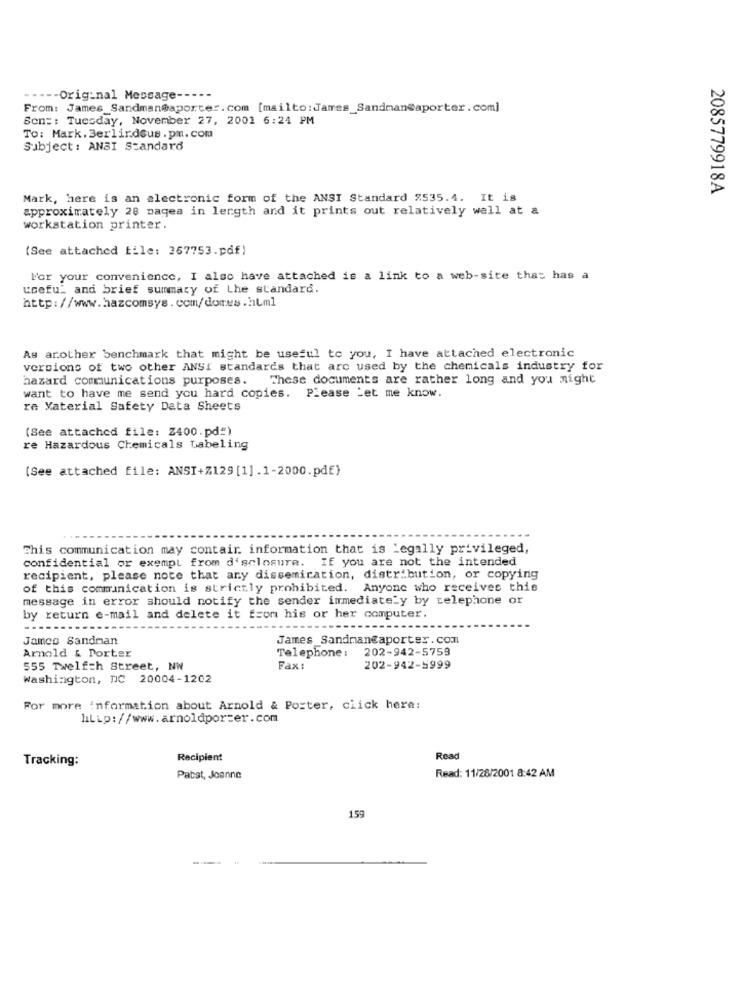
----- Original Message -----
From: James Sandman@aporter.com [mailto : James_Sandman@aporter . com]
Son :: Tuesday, November 27, 2001 6:24 PM
To: Mark. 3erlirdous .pm. com
Subject: ANSI Standard
2085779918A
Mark, here is an electronic form of the ANSI Standard $535.4. It is
approximately 28 pages in length and it prints out relatively well at a
workstation printer.
(See attached file: 357753.pdf)
l'or your convenience, I also have attached is a link to a web-site thas has a
useful and brief summary of Lhe standard.
http://www.hazcomsys.com/dores.html
As arother benchmark that might be useful to you, I have attached electronic
versions of two other ANSI standards that are used by the chemicals industry for
hazard communications purposes. These documents are rather long and you might
want to have me send you hard copies. Please Let me know.
ra Material Safety Data Sheets
(See attached file: Z400.pd=)
re Hazardous Chemicals Labeling
(See attached file: ANSI+129 [1].1-2000.pdf)
This communication may contain information that is Legally privileged,
confidential or exempt from disclosure. If you are not the intended
recipient, please note that any dissemiration, distribution, or copying
of this communication is strictly prohibited. Anyone who receives this
message in error should notify the sender immediately by telephone or
by return e-mail and delete it from his or her computer.
James Sandman
James_SandmanCaporter . com
202-942-5759
Arnold & Porter
Telephone :
555 Twelfth Street, NW
Fax:
202-942-5999
Washington, DC 20004-1202
For more information about Arnold & Porter, click here:
hLLp://www.arnoldpor=er.com
Tracking:
Recipient
Read
Read: 11/26/2001 8:42 AM
Pabst, Joanne
159